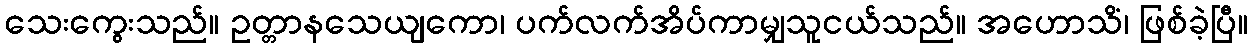
သေးကွေးသည်။ ဥတ္တာနသေယျကော၊ ပက်လက်အိပ်ကာမျှသူငယ်သည်။ အဟောသိံ၊ ဖြစ်ခဲ့ပြီ။